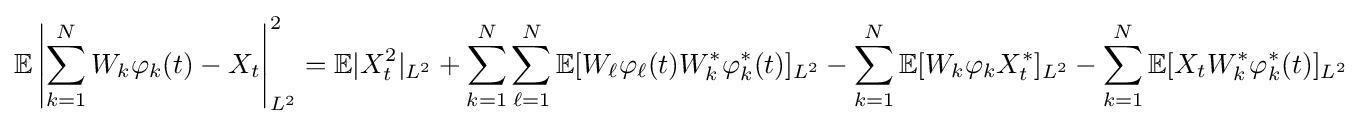
\mathbb {E} \left|\sum _{k=1}^{N}W_{k}\varphi _{k}(t)-X_{t}\right|_{L^{2}}^{2}=\mathbb {E} |X_{t}^{2}|_{L^{2}}+\sum _{k=1}^{N}\sum _{\ell =1}^{N}\mathbb {E} [W_{\ell }\varphi _{\ell }(t)W_{k}^{*}\varphi _{k}^{*}(t)]_{L^{2}}-\sum _{k=1}^{N}\mathbb {E} [W_{k}\varphi _{k}X_{t}^{*}]_{L^{2}}-\sum _{k=1}^{N}\mathbb {E} [X_{t}W_{k}^{*}\varphi _{k}^{*}(t)]_{L^{2}}